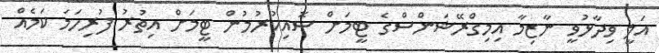
އަލީ ވިދާޅުވީ ނާޒިމާ އިމިގްރޭޝަންސްގެ ޓީމަށް ސޮއިކުރުމުން ޓީމަށް އިތުރު ފުރިހަމަ ކަމެއް